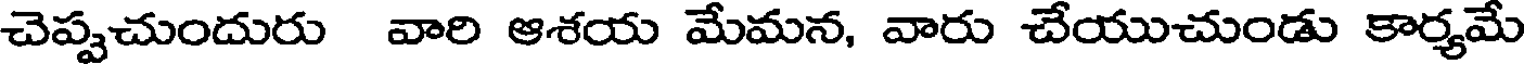
చెప్పచుందురు వారి ఆశయ మేమన, వారు చేయుచుండు కార్యమే